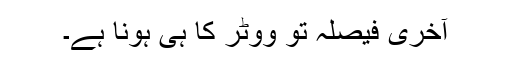
آخری فیصلہ تو ووٹر کا ہی ہونا ہے۔